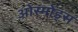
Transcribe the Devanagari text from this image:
ओस्मोंड्स